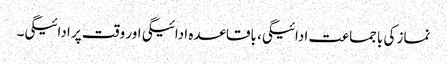
نماز کی باجماعت ادائیگی، باقاعدہ ادائیگی اور وقت پر ادائیگی۔